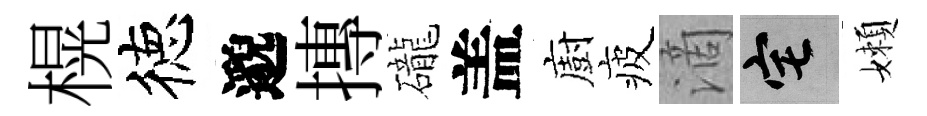
榥徳邈摶礲盖廚疲滴宅嬾